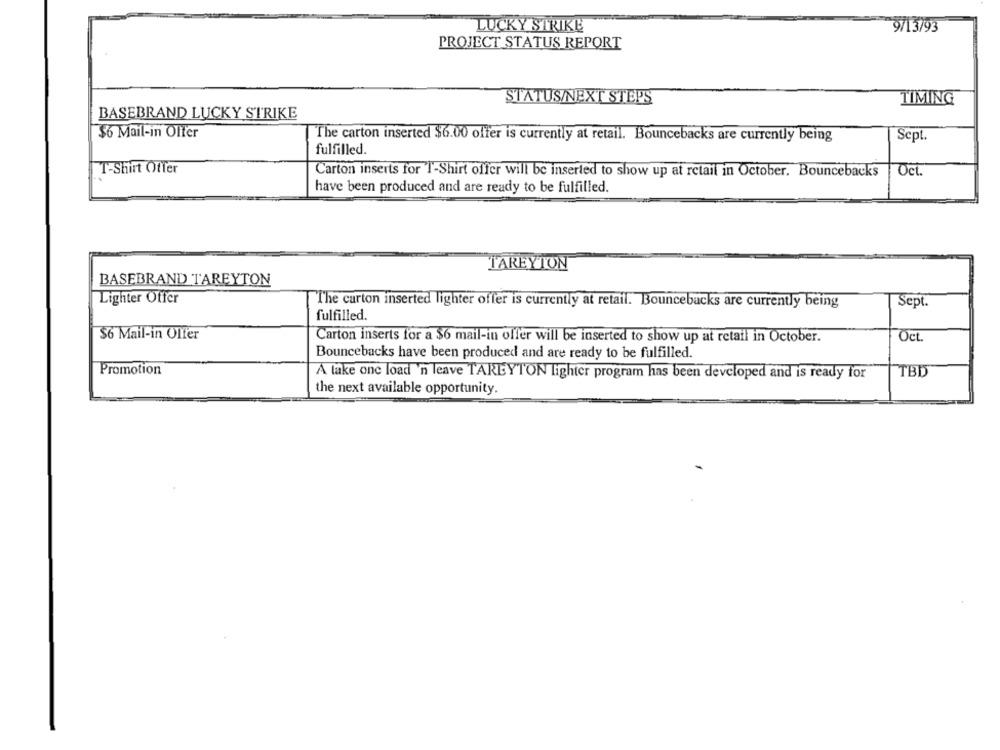
LUCKY STRIKE
9/13/93
PROJECT STATUS REPORT
STATUS/NEXT STEPS
TIMING
BASEBRAND LUCKY STRIKE
$6 Mail-in Olfer
The carton inserted $6.00 offer is currently at retail. Bouncebacks are currently being
Sept.
fulfilled.
T-Shirt Offer
Oct.
Carton inserts for T-Shirt offer will be inserted to show up at retail in October. Bouncebacks
have been produced and are ready to be fulfilled.
TAREYTON
BASEBRAND TAREYTON
Lighter Offer
The carton inserted lighter offer is currently at retail. Bouncebacks are currently being
Sept.
fulfilled.
56 Mail-in Olfer
Oct.
Carton inserts for a $6 mail-in offer will be inserted to show up at retail in October.
Bouncebacks have been produced and are ready to be fulfilled.
Promotion
A lake one load 'n leave TAREYTON Tighter program has been developed and is ready for
TBD
the next available opportunity.